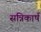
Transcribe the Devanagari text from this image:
सन्निकार्ष